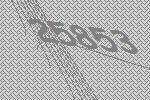
25853